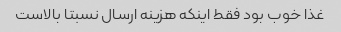
غذا خوب بود فقط اینکه هزینه ارسال نسبتا بالاست